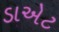
ડાએટ